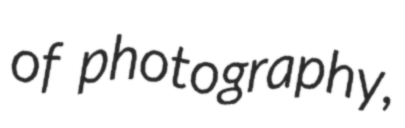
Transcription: of photography,